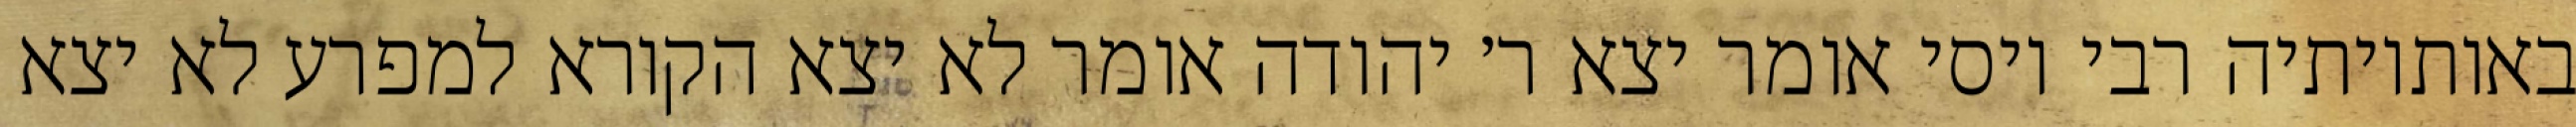
באותיותיה רבי יוסי אומר יצא ר׳ יהודה אומר לא יצא הקורא למפרע לא יצא